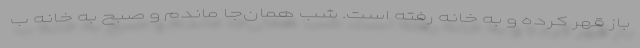
باز قهر کرده و به خانه رفته است. شب همان‌جا ماندم و صبح به خانه ب